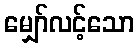
မျှော်လင့်သော